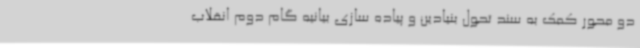
دو محور کمک به سند تحول بنیادین و پیاده سازی بیانیه گام دوم انقلاب